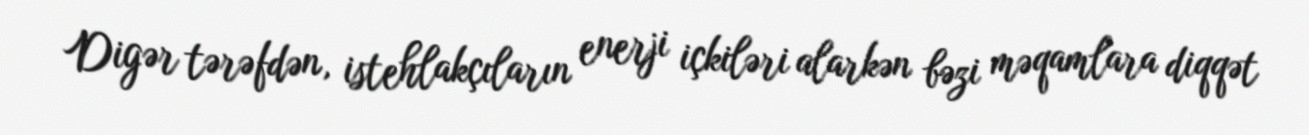
Digər tərəfdən, istehlakçıların enerji içkiləri alarkən bəzi məqamlara diqqət